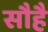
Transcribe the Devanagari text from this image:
सौहै